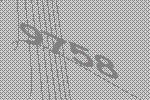
9758